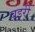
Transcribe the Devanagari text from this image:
बइरी